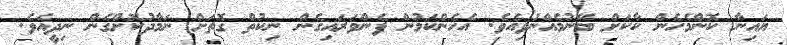
ޔައިނާ ކޮންމެހެން ކާކަށް ބޭނުމެއްނުވިއެވެ. އެހެންކަމުން ފެންވަރައިގެން ނިކުތް ގޮތަށް ނަމާދުކޮށްގެން ނިދީއެވެ.